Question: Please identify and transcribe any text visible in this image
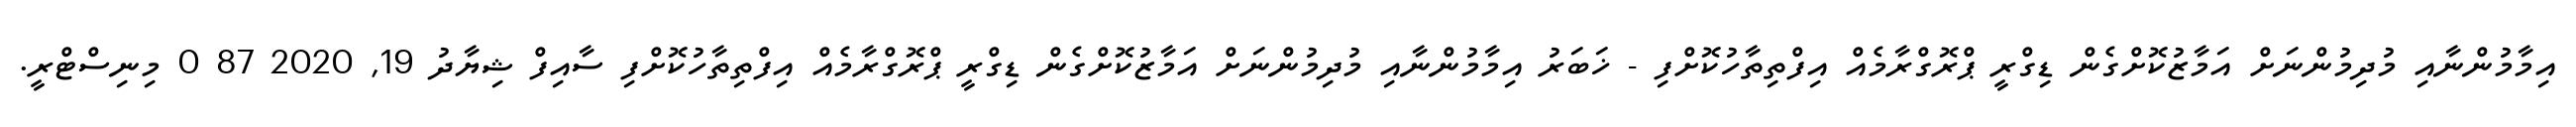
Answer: އިމާމުންނާއި މުދިމުންނަށް އަމާޒުކޮށްގެން ޑިގްރީ ޕްރޮގްރާމެއް އިފްތިތާހުކޮށްފި - ޚަބަރު އިމާމުންނާއި މުދިމުންނަށް އަމާޒުކޮށްގެން ޑިގްރީ ޕްރޮގްރާމެއް އިފްތިތާހުކޮށްފި ސާއިފް ޝިޔާދު 19, 2020 87 0 މިނިސްޓްރީ.